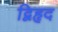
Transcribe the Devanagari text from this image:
द्विहृद